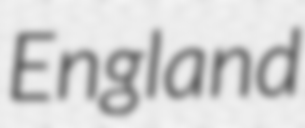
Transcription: England